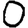
Digit: 0